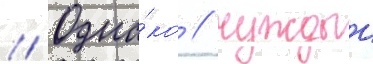
// Одна́ко / чуждыи